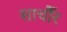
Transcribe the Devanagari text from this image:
साचौँर